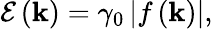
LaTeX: \mathcal{E}\left(\mathbf{k}\right)=\gamma_{0}\left\vert f\left(\mathbf{k}\right)\right\vert,